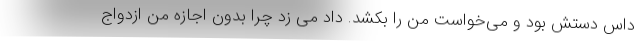
داس دستش بود و می‌خواست من را بکشد. داد می زد چرا بدون اجازه من ازدواج